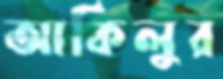
আকিলুর